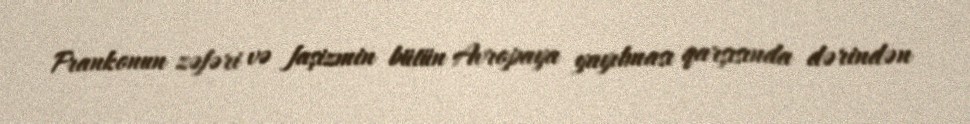
Frankonun zəfəri və faşizmin bütün Avropaya yayılması qarşısında dərindən